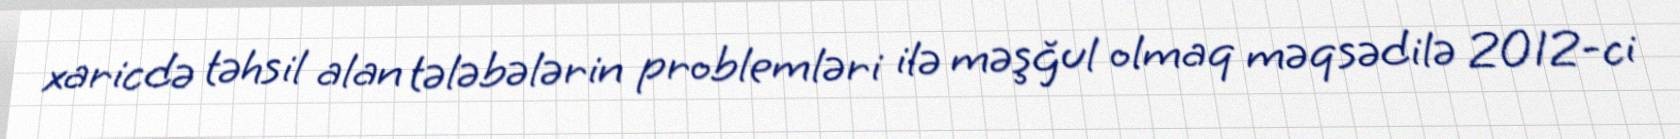
xaricdə təhsil alan tələbələrin problemləri ilə məşğul olmaq məqsədilə 2012-ci